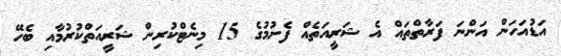
އަޑުއަހަން އަންނަ ފަރާތްތައް އެ ޝަރީއަތެއް ފެށުމުގެ 15 މިނެޓްކުރިން ޝަރީއަތްކުރުމާއި ބެހޭ